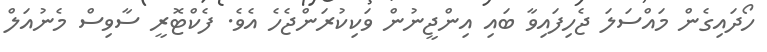
ހޯދައިގެން މައްސަލަ ޖެހިފައިވާ ބައި އިންޖީނުން ވަކިކުރަންޖެހެ އެވެ. ފެކްޓޮރީ ސާވިސް މެނުއަލް